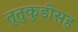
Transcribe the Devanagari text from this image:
तूतुकुडीसह